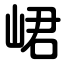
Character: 峮